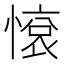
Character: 𢟦